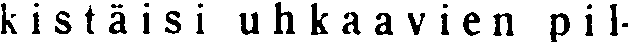
kistäisi uhkaavien pil-